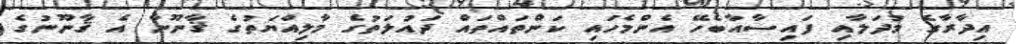
އިދާރާގެ މުދަލާއި ފައިސާއާބެހޭ އެންމެހައި ކަންތައްތައް ދައުލަތުގެ މާލިއްޔަތުގެ ޤާނޫނާ އެ ޤާނޫނުގެ